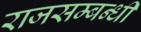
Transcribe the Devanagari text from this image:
राजसम्बन्धी